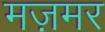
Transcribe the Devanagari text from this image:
मज़मर